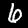
Digit: 6